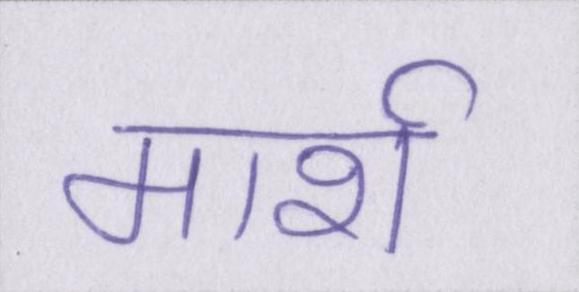
मार्श